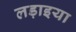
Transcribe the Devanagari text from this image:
लड़ाइया